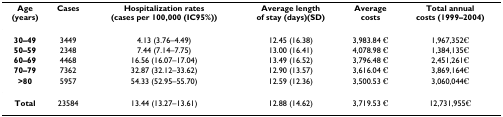
| Age(years) | Cases | Hospitalization rates(cases per 100,000 (IC95%)) | Average lengthof stay (days)(SD) | Averagecosts | Total annualcosts (1999–2004) |
 | --- | --- | --- | --- | --- | --- |
 | 30–49 | 3449 | 4.13 (3.76–4.49) | 12.45 (16.38) | 3,983.84 € | 1,967,352€ |
 | 50–59 | 2348 | 7.44 (7.14–7.75) | 13.00 (16.41) | 4,078.98 € | 1,384,135€ |
 | 60–69 | 4468 | 16.56 (16.07–17.04) | 13.49 (16.52) | 3,796.48 € | 2,451,261€ |
 | 70–79 | 7362 | 32.87 (32.12–33.62) | 12.90 (13.57) | 3,616.04 € | 3,869,164€ |
 | >80 | 5957 | 54.33 (52.95–55.70) | 12.59 (12.36) | 3,500.53 € | 3,060,044€ |
 | Total | 23584 | 13.44 (13.27–13.61) | 12.88 (14.62) | 3,719.53 € | 12,731,955€ |